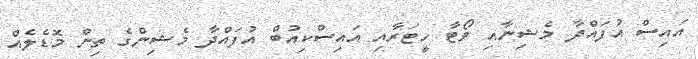
އައިސް އުފައްދާ މެޝިނާއި ވޯޓާ ހީޓަރާއި އައިސްކިއުބް އުފައްދާ މެޝިންގެ ތިން މޮޑެލެއް